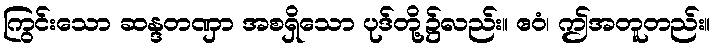
ကြွင်းသော ဆန္ဒတဏှာ အစရှိသော ပုဒ်တို့၌လည်း။ ဧဝံ၊ ဤအတူတည်း။